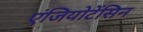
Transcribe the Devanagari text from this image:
एंजियोटेंसिन